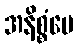
အနိစ္စံပေ